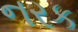
નરક